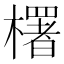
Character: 𣞍